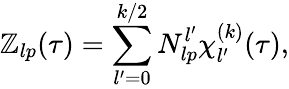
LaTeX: \mathbb{Z}_{lp}(\tau)=\sum_{l^{\prime}=0}^{k/2}N_{lp}^{l^{\prime}}\chi_{l^{\prime}}^{(k)}(\tau),